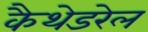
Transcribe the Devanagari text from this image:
कैथेडरेल